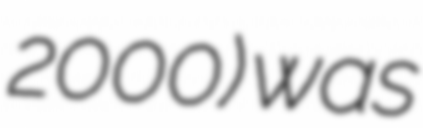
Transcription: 2000) was